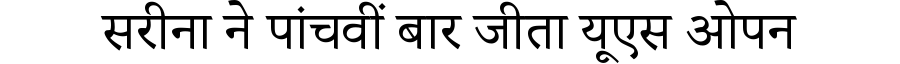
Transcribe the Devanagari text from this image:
सरीना ने पांचवीं बार जीता यूएस ओपन